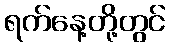
ရက်နေ့တို့တွင်